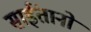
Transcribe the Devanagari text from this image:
साईंतानो